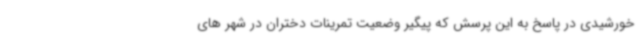
خورشیدی در پاسخ به این پرسش که پیگیر وضعیت تمرینات دختران در شهر های